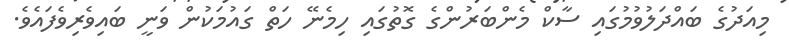
މިއަދުގެ ބައްދަލުވުމުގައި ސާކް މެންބަރުންގެ ގޮތުގައި ހިމެނޭ ހަތް ގައުމަކުން ވަނީ ބައިވެރިވެފައެވެ.